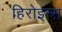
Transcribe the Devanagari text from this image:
हिरोइन्स